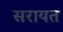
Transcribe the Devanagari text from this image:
सरायत